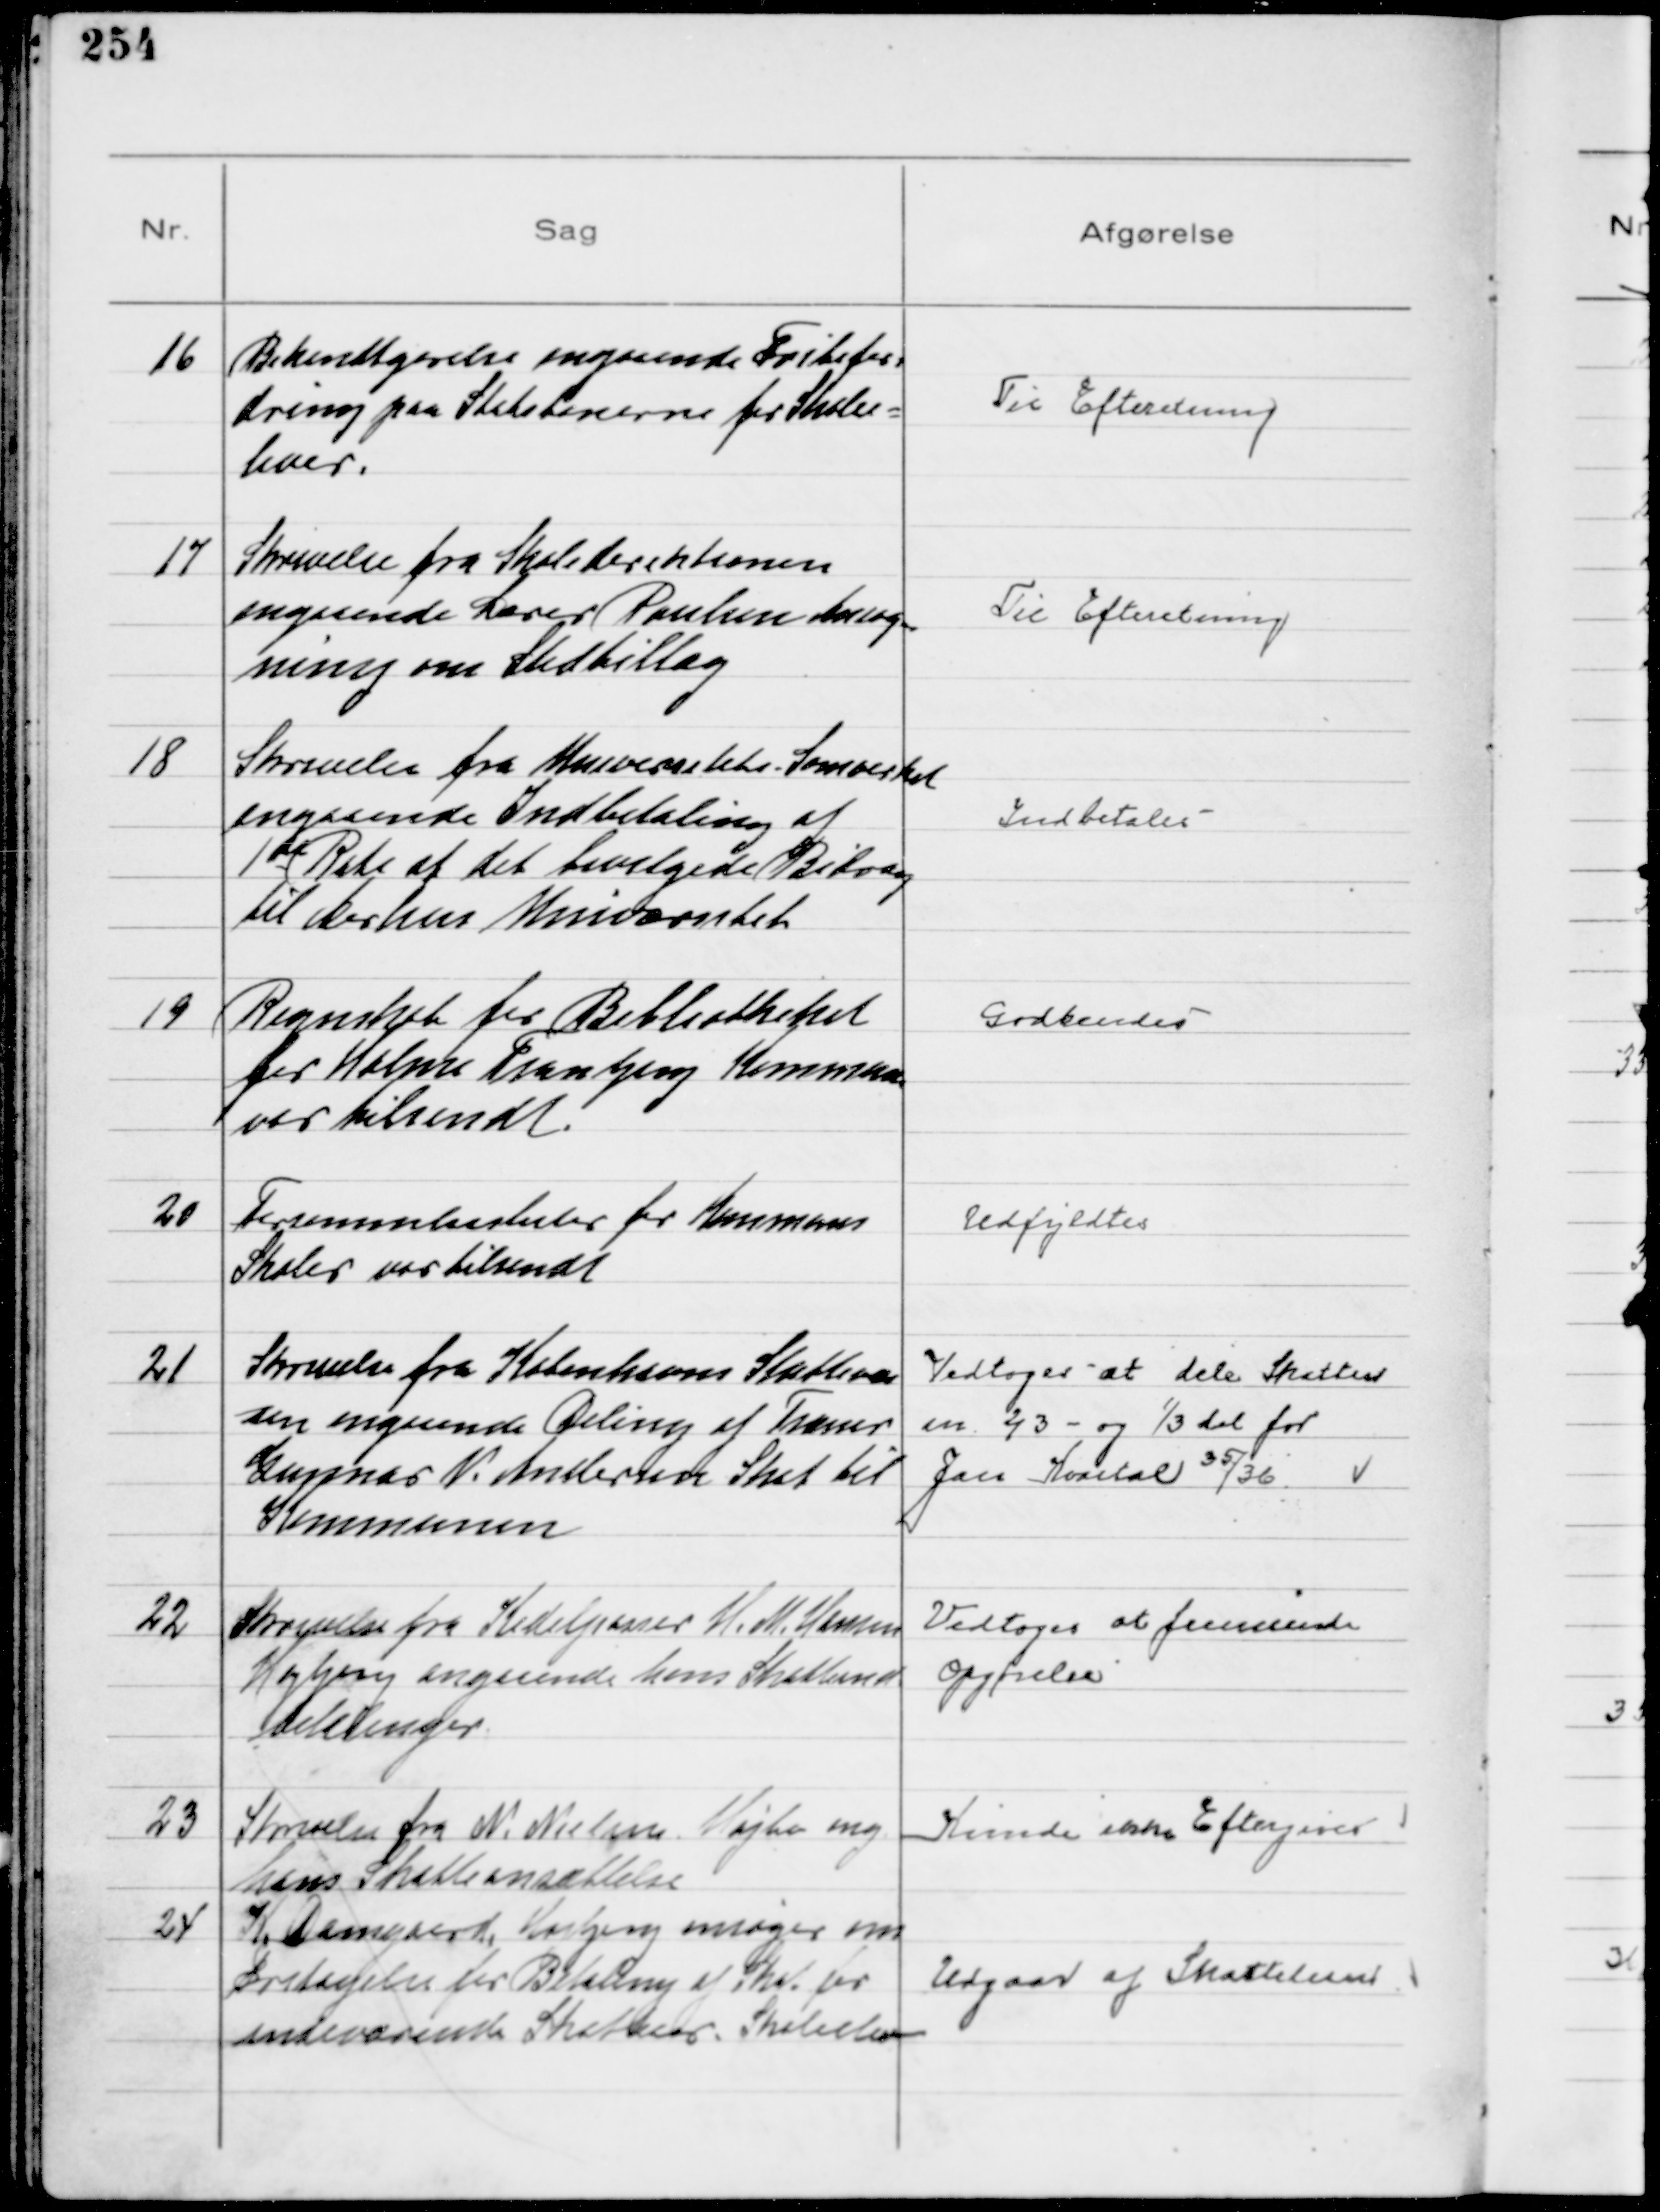
Transskription:
16
Bekendtgørelse angaaende Fribefor-
dring paa Statsbanerne for Skolee-
lever.

Til Efteretning

17
Skrivelse fra Skoledirektionen
angaaende Lærer Poulsen Ansøg-
ning om Stedtillæg

Til Efteretning

18
Skrivelse fra Universitets-Samvirket
angaaende Indbetaling af
1ste Rate af det bevilgede Bidrag
til Aarhus Universitet

Indbetales

19
Regnskab for Bibliotheket
for Holme Tranbjerg Kommune
var tilsendt.

Godkendes

20
Forsømmelseslister for Kommunens
Skoler var tilsendt

Udfyldtes

21
Skrivelse fra Københavns Skattevæ
sen angaaende Deling af Træner
Gunnar V. Andersens Skat til
Kommunen

Vedtoges at dele Skatten
en ⅔ - og ⅓ del for
Jan Kvartal 35/36

22
Skrivelse fra Kedelpasser H. M. Hansen
Højbjerg angaaende hans Skatteind
betalinger

Vedtoges at fremsende
Opgørelse

23
Skrivelse fra N. Nielsen Højbo ang.
hans Skatteansættelse

Kunde ikke Eftergives

24
K. Damgaard, Højbjerg ansøger om
Fritagelse for Betaling af Skat for
indeværende Skatteaar. Skoleelev

Udgaar af Skattelisten